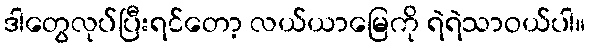
ဒါတွေလုပ်ပြီးရင်တော့ လယ်ယာမြေကို ရဲရဲသာဝယ်ပါ။